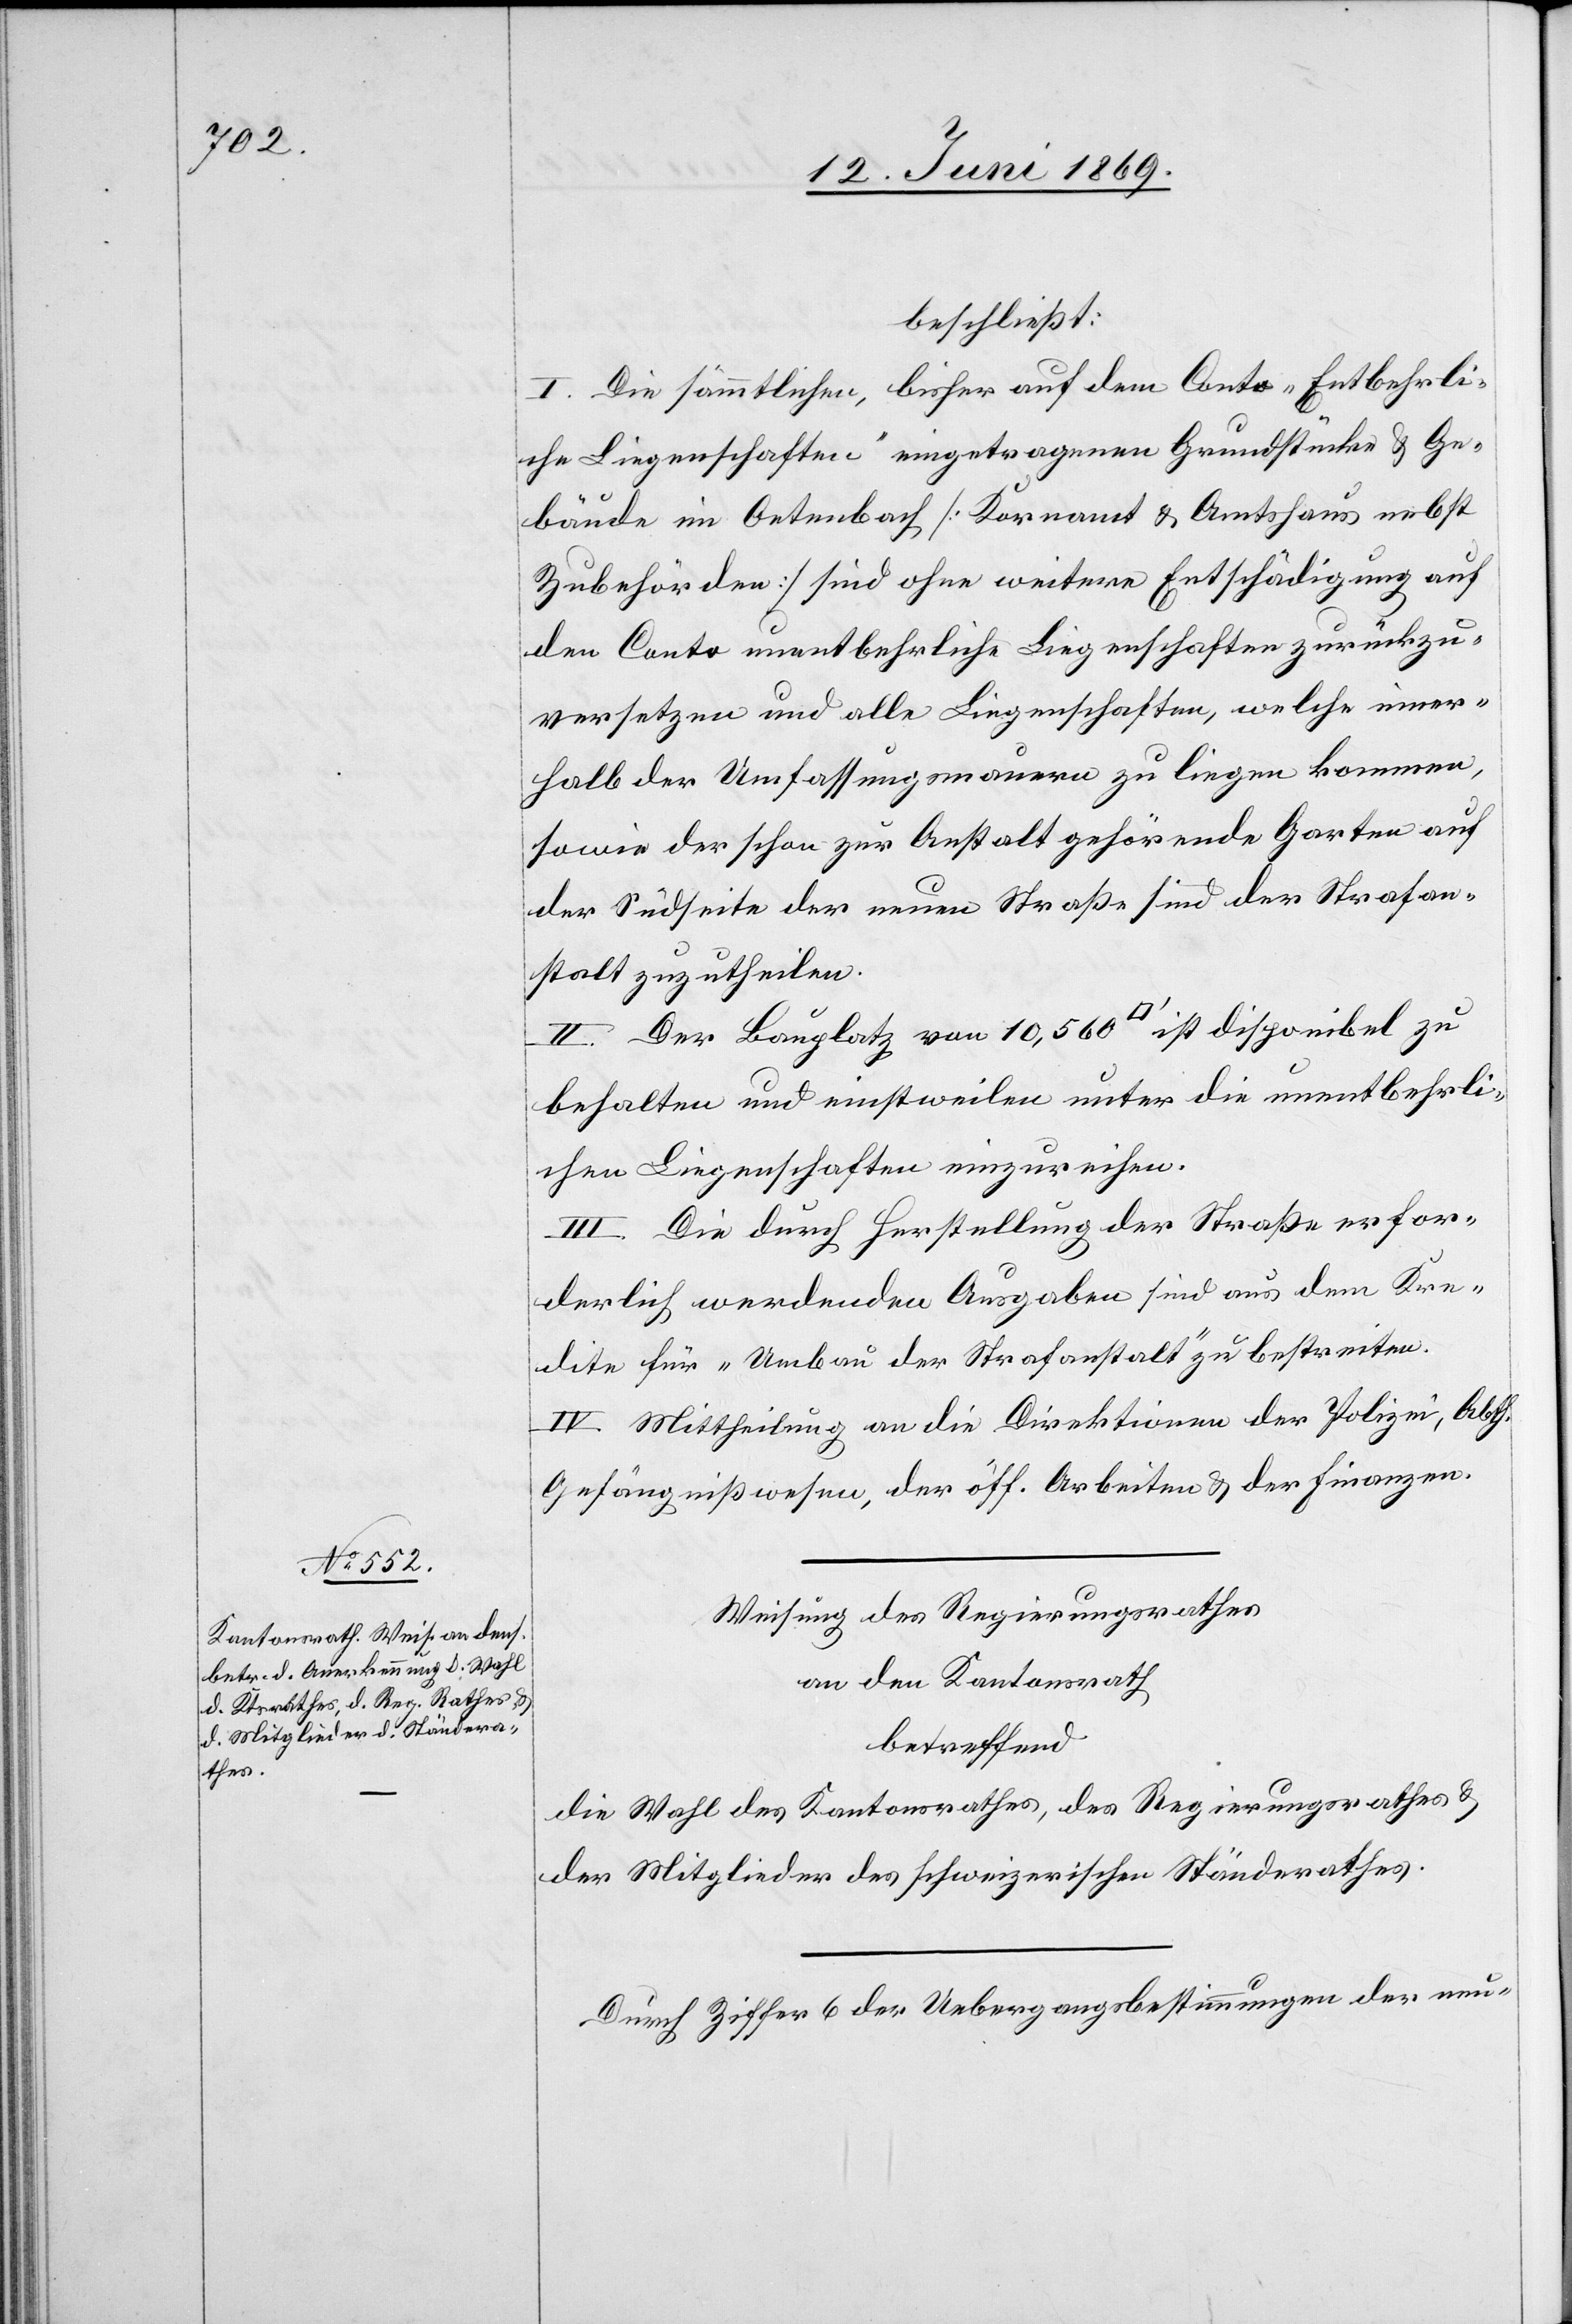
Weisung des Regierungsrathes
an den Kantonsrath
betreffend
die Wahl des Kantonsrathes, des Regierungsrathes u.
der Mitglieder des schweizerischen Ständerathes.
Durch Ziffer 6 der Uebergangsbestimmungen der neu-